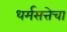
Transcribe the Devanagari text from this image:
धर्मसत्तेचा